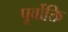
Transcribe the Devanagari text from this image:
पूर्वोक्ति